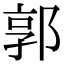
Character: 郭